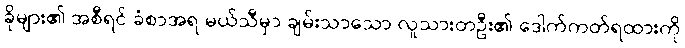
ခိုများ၏ အစီရင် ခံစာအရ မယ်သီမှာ ချမ်းသာသော လူသားတဦး၏ ဒေါက်ကတ်ရထားကို